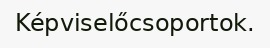
Képviselőcsoportok.